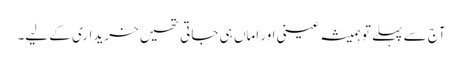
آج سے پہلے تو ہمیشہ عینی اور اماں ہی جاتی تھیں خریداری کے لیے۔